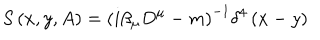
LaTeX: S \left( x , y , A \right) = \left( i \beta _ { \mu } D ^ { \mu } - m \right) ^ { - 1 } \delta ^ { 4 } \left( x - y \right)